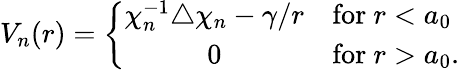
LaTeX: V_{n}(r)=\left\{ \begin{array}{cl}{{\chi_{n}^{-1}\triangle\chi_{n}-\gamma/r}}&{{\mathrm{for}~r<a_{0}}}\\ {{0}}&{{\mathrm{for}~r>a_{0}.}}\end{array}\right.